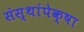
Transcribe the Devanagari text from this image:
संस्थांपेक्षा